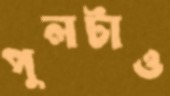
পুলটাও